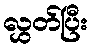
လွှတ်ပြီး